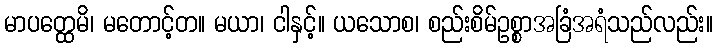
မာပတ္ထေမိ၊ မတောင့်တ။ မယာ၊ ငါနှင့်။ ယသောစ၊ စည်းစိမ်ဥစ္စာအခြံအရံသည်လည်း။